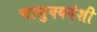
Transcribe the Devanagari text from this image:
चालुक्यवंशी